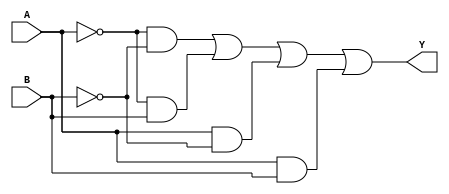
module KMapTwoVariable (
    input wire A,        // First variable
    input wire B,        // Second variable
    output wire Y        // Output corresponding to K-map simplification
);

// K-map Implementation
// Simplified Boolean Expression: Y = A'B' + A'B + AB' + AB 
// This expression covers all four combinations if all K-map cells are considered '1'.
// To allow customization, you can modify the condition to represent specific `1`s in the K-map.

assign Y = (~A & ~B) | (~A & B) | (A & ~B) | (A & B);

endmodule